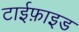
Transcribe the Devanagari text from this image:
टाईफ़ाइड